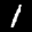
Label: 1